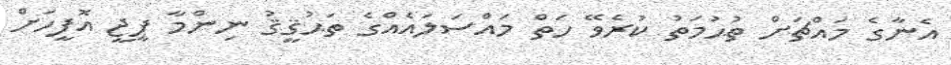
އެނާގެ މައްޗަށް ތުޙުމަތު ކުރެވޭ ހަތް މައްސަލައެއްގެ ތަޙުޤީޤު ނިންމާ ޕީޖީ އޮފީހަށް